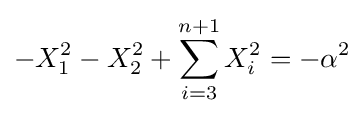
-X_{1}^{2}-X_{2}^{2}+\sum _{i=3}^{n+1}X_{i}^{2}=-\alpha ^{2}